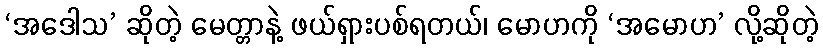
‘အဒေါသ’ ဆိုတဲ့ မေတ္တာနဲ့ ဖယ်ရှားပစ်ရတယ်၊ မောဟကို ‘အမောဟ’ လို့ဆိုတဲ့